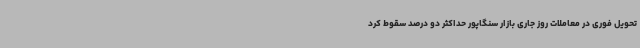
تحویل فوری در معاملات روز جاری بازار سنگاپور حداکثر دو درصد سقوط کرد